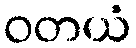
ဝတယံ